Civil Veterinary Dept. Bombay admin report 1932-41 - 1932-1941
Year: 1932
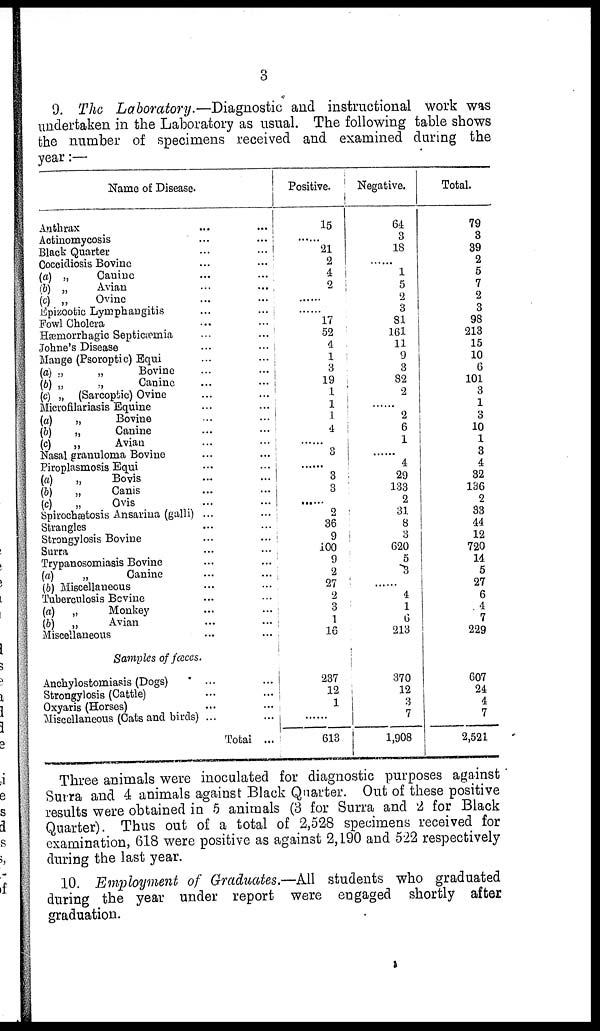
3
9. The Laboratory.—Diagnostic and instructional work was
undertaken in the Laboratory as usual. The following table shows
the number of specimens received and examined during the
year:—
Name of Disease.
Anthrax
Actinomycosis
Black Quarter
Coceidiosis Bovine
(a) „
Canine
(b) „
Avian
(c) „
Ovine
Epizootic Lymphangitis
Fowl Cholera
Hæmorrhagic Septicæmia
Johne's Disease
Mange (Psoroptic) Equi
(a) „
„
Bovine
(b) „
„
Canine
(c) „ (Sarcoptic) Ovine
Microfilariasis Equine
(a)
„
Bovine
(b)
„
Canine
(c)
„
Avian
Nasal granuloma Bovine
Piroplasmosis Equi
(a)
„
Bovis
(b)
„
Canis
(c)
„
Ovis
Spirochætosis Ansarina (galli)
Strangles
Strongylosis Bovine
Surra
Trypanosomiasis Bovine
(a)
„
Canine
(b) Miscellaneous
Tuberculosis Bovine
(a) „
Monkey
(b) „
Avian
Miscellaneous
Sample of fæces.
Ankylostomiasis (Dogs)
Strongylosis (Cattle)
Oxyaris (Horses)
Miscellaneous (Cats and birds)
Total ...
Positive.
15
......
21
2
4
2
......
......
17
52
4
1
3
19
1
1
1
4
......
3
......
3
3
......
2
36
9
100
9
2
27
2
3
1
16
237
12
1
......
613
Negative.
64
3
18
......
1
5
2
3
81
161
11
9
3
82
2
......
2
6
1
......
4
29
133
2
31
8
3
620
5
3
......
4
1
6
213
370
12
3
7
1,908
Total.
79
3
39
2
5
7
2
3
98
213
15
10
6
101
3
1
3
10
1
3
4
32
136
2
33
44
12
720
14
5
27
6
4
7
229
607
24
4
7
2,521
Three animals were inoculated for diagnostic purposes against
Surra and 4 animals against Black Quarter. Out of these positive
results were obtained in 5 animals (3 for Surra and 2 for Black
Quarter). Thus out of a total of 2,528 specimens received for
examination, 618 were positive as against 2,190 and 522 respectively
during the last year.
10. Employment of Graduates.—All students who graduated
during the year under report were engaged shortly after
graduation.